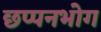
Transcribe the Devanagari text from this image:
छप्पनभोग